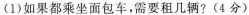
(1)如果都乘坐面包车，需要租几辆?(4分)